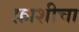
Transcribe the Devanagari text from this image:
फ़ाशीचा